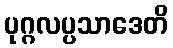
ပုဂ္ဂလပ္ပသာဒေတိ